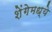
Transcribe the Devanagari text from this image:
शेंगेमध्ये